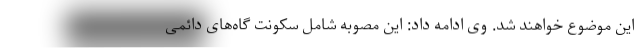
این موضوع خواهند شد. وی ادامه داد: این مصوبه شامل سکونت گاه‌های دائمی